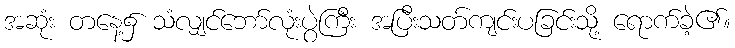
အဆုံး တနေ့၌ သံလျှင်ဘော်လုံးပွဲကြီး အပြီးသတ်ကျင်းပခြင်းသို့ ရောက်ခဲ့၏။